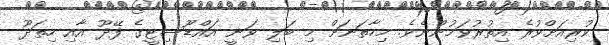
ކުރިއަށްވުރެ އިތުރުވަމުންނެވެ. މިހާތަނަށް މި ބަލި ވަނީ އައްޑޫސިޓީގެ ފޭދޫ އާއި ހިތަދޫ